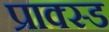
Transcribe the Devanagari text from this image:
प्राक्स्ड